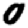
Digit: 0